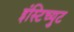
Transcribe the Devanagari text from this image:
इंस्टिच्युट